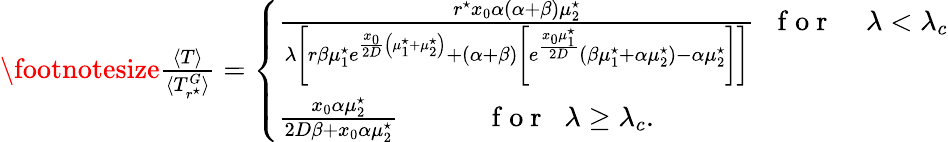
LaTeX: \begin{array}{r}{\footnotesize\frac{\langle T\rangle}{\langle T_{r^{\star}}^{G}\rangle}=\left\{ \begin{array}{ll}{\frac{r^{\star}x_{0}\alpha(\alpha+\beta)\mu_{2}^{\star}}{\lambda\left[r\beta\mu_{1}^{\star}e^{\frac{x_{0}}{2D}\left(\mu_{1}^{\star}+\mu_{2}^{\star}\right)}+\left(\alpha+\beta\right)\left[e^{\frac{x_{0}\mu_{1}^{\star}}{2D}}{(\beta\mu_{1}^{\star}+\alpha\mu_{2}^{\star})-\alpha\mu_{2}^{\star}}\right]\right]}\; \; \mathrm{~f~o~r~}\; \; \; \; \lambda<\lambda_{c}}\\ {\frac{x_{0}\alpha\mu_{2}^{\star}}{2D\beta+x_{0}\alpha\mu_{2}^{\star}}\; \; \; \; \; \; \; \; \; \; \; \mathrm{~f~o~r~}\; \; \lambda\geq\lambda_{c}.}\end{array}\right.}\end{array}